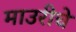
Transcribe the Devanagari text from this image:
माउरीचे